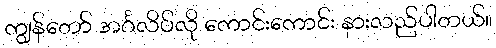
ကျွန်တော် အင်္ဂလိပ်လို ကောင်းကောင်း နားလည်ပါတယ်။